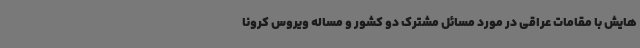
هایش با مقامات عراقی در مورد مسائل مشترک دو کشور و مساله ویروس کرونا